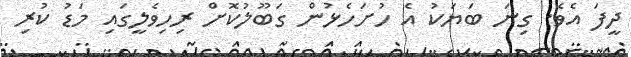
ދީފަ އެވެ. ގިނަ ބަޔަކު އެ ހުށަހެޅުން ގަބޫލުކޮށް ރިހިވެލީގައި މަޑު ކުރި